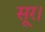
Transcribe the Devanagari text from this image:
सूर।